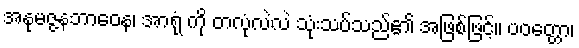
အနုမဇ္ဇနဘာဝေန၊ အာရုံ ကို တလုံလဲလဲ သုံးသပ်သည်၏ အဖြစ်ဖြင့်။ ပဝတ္တော၊